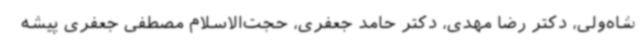
شاه‌ولی، دکتر رضا مهدی، دکتر حامد جعفری، حجت‌الاسلام مصطفی جعفری پیشه